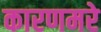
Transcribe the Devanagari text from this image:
कारणमरे